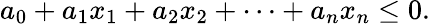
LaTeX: a_{0}+a_{1}x_{1}+a_{2}x_{2}+\cdots+a_{n}x_{n}\leq 0.